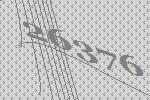
26376